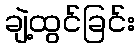
ချဲ့ထွင်ခြင်း